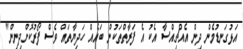
އަޅުގަނޑުމެން ދިން އެއްޗިއްސާ އެކު އެ ފަރާތްތަކުން ބައެއް ހަދިޔާތައް ވެސް ފޯރުކޮށްދިނިން"